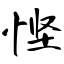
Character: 悭